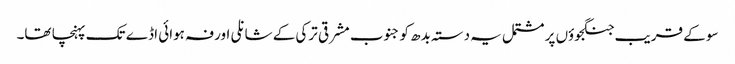
سو کے قریب جنگجوؤں پر مشتمل یہ دستہ بدھ کو جنوب مشرقی ترکی کے شانلی اورفہ ہوائی اڈے تک پہنچا تھا۔